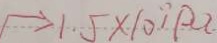
\rightarrow 1 . 5 \times 1 0 ^ { \prime } P a